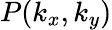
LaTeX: P(k_{x},k_{y})